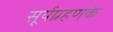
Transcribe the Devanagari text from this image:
सूर्यग्रहणके